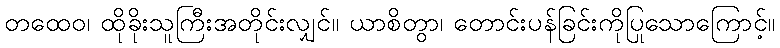
တထေဝ၊ ထိုခိုးသူကြီးအတိုင်းလျှင်။ ယာစိတွာ၊ တောင်းပန်ခြင်းကိုပြုသောကြောင့်။